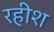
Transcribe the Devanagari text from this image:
रहीश